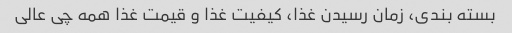
بسته بندی، زمان رسیدن غذا، کیفیت غذا و قیمت غذا همه چی عالی